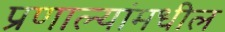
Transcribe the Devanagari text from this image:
प्रणाल्यांमधील